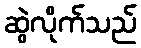
ဆွဲလိုက်သည်